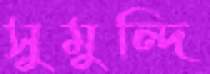
সুমুন্দি